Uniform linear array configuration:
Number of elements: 48
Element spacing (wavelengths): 0.25
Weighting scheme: binomial
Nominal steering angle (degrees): -60
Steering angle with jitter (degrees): -59.028
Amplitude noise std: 0.05
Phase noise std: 0.05

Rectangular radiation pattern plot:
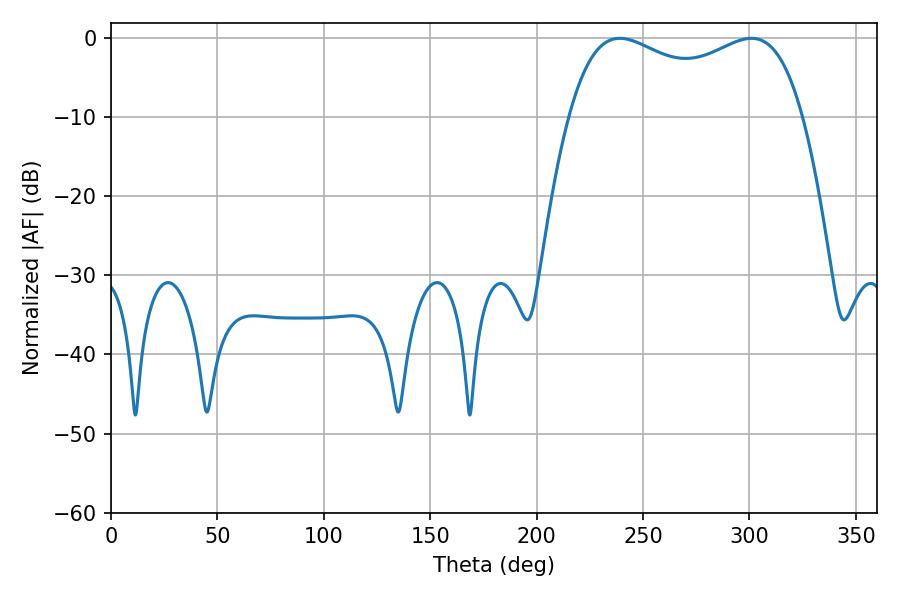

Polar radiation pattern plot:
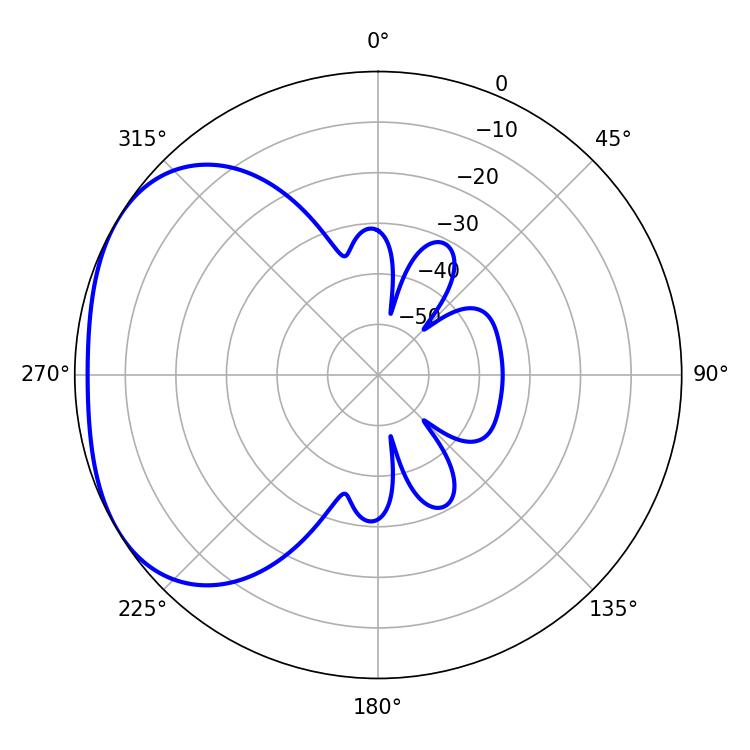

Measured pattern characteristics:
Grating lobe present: FALSE
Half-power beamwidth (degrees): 90.72
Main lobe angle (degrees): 239.04